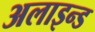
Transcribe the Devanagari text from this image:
अलाइन्ड